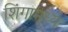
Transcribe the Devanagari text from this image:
शिंगामध्ये